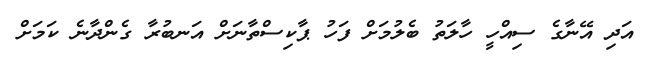
އަދި އޭނާގެ ސިއްހީ ހާލަތު ބެލުމަށް ފަހު ޕާކިސްތާނަށް އަނބުރާ ގެންދާނެ ކަމަށް